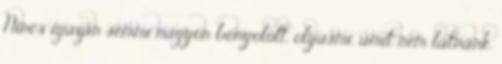
Nincs igazán semmi nagyon bonyolult, olyasmi, amit nem látnánk